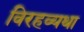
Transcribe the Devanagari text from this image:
विरहव्यथा